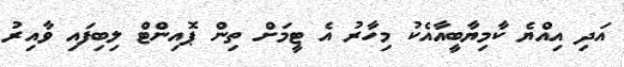
އަދި އިއްޔެ ކާމިޔާބީއާއެކު މިހާރު އެ ޓީމަށް ތިން ޕޮއިންޓް ލިބިފައި ވާއިރު